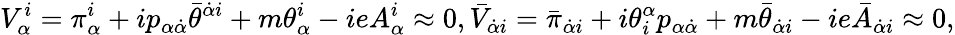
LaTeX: {\displaystyle V_{\alpha}^{i}=\pi_{\alpha}^{i}+ip_{\alpha\dot{\alpha}}\bar{\theta}^{\dot{\alpha}i}+m\theta_{\alpha}^{i}-ieA_{\alpha}^{i}\approx 0,\bar{V}_{\dot{\alpha}i}=\bar{\pi}_{\dot{\alpha}i}+i\theta_{i}^{\alpha}p_{\alpha\dot{\alpha}}+m\bar{\theta}_{\dot{\alpha}i}-ie\bar{A}_{\dot{\alpha}i}\approx 0,}